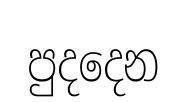
පුදදෙන